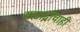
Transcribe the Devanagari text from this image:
सह्याद्रीचाही